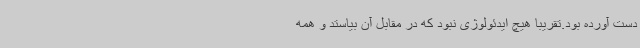
دست آورده بود.تقریبا هیچ ایدئولوژی نبود که در مقابل آن بیاستد و همه